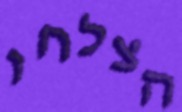
הצלחו